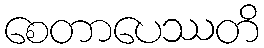
စေတာပေဿတိ